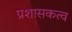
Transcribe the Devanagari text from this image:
प्रशासकत्व